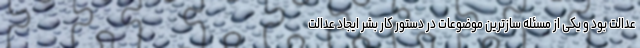
عدالت بود و یکی از مسئله سازترین موضوعات در دستور کار بشر ایجاد عدالت